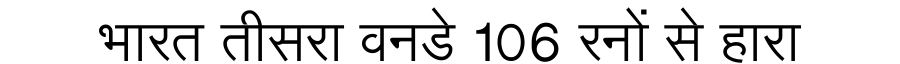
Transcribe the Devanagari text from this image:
भारत तीसरा वनडे 106 रनों से हारा